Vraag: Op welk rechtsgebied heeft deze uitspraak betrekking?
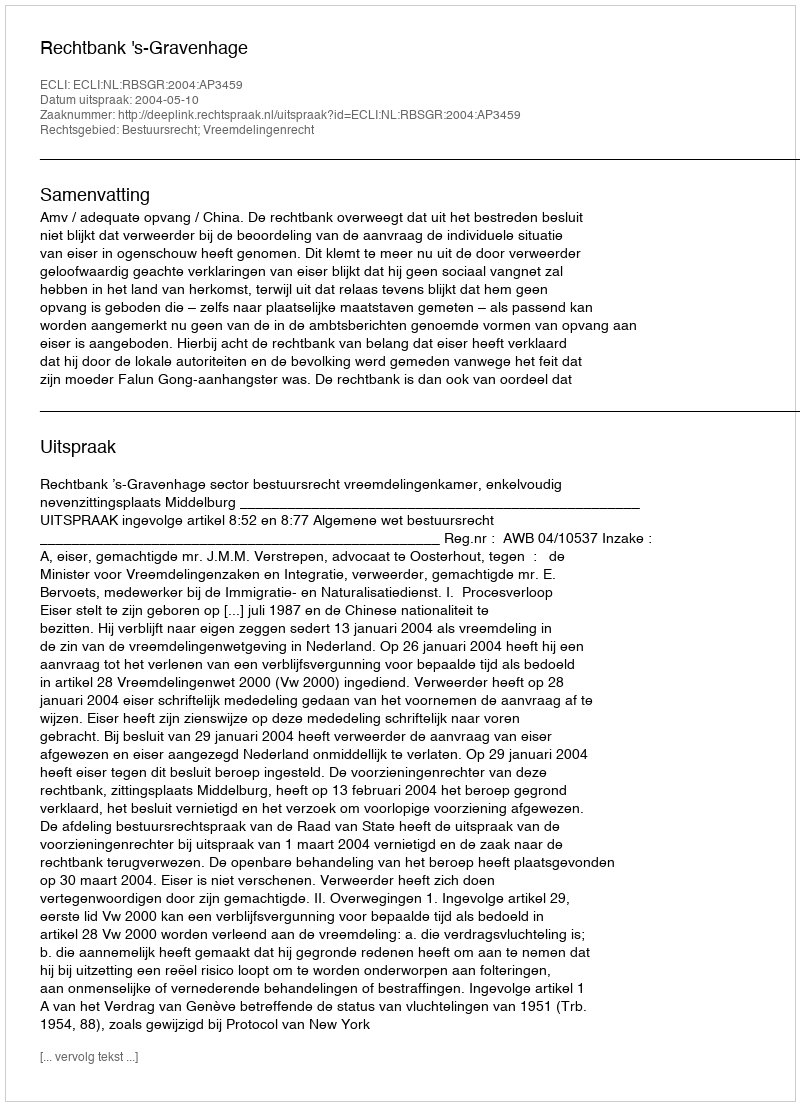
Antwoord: Bestuursrecht; Vreemdelingenrecht